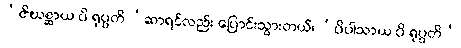
‘ဇိဃစ္ဆာယ ပိ ရုပ္ပတိ ‘ဆာရင်လည်း ပြောင်းသွားတယ်၊ ‘ပိပါသာယ ပိ ရုပ္ပတိ’